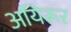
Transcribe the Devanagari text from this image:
अयिरूर